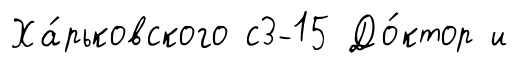
Ха́рьковского с3-15 До́ктор и